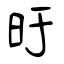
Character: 旴